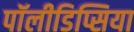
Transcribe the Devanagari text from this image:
पॉलीडिप्सिया